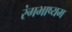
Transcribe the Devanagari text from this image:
रंगभाष्यम